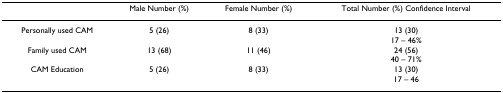
<table><thead><tr><td></td><td><b>Male Number (%)</b></td><td><b>Female Number (%)</b></td><td><b>Total Number (%) Confidence Interval</b></td></tr></thead><tbody><tr><td>Personally used CAM</td><td>5 (26)</td><td>8 (33)</td><td>13 (30)17 – 46%</td></tr><tr><td>Family used CAM</td><td>13 (68)</td><td>11 (46)</td><td>24 (56)40 – 71%</td></tr><tr><td>CAM Education</td><td>5 (26)</td><td>8 (33)</td><td>13 (30)17 – 46</td></tr></tbody></table>